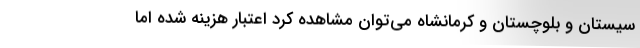
سیستان و بلوچستان و کرمانشاه می‌توان مشاهده کرد اعتبار هزینه شده اما